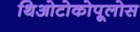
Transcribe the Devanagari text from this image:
थिओटोकोपूलोस